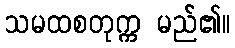
သမထစတုက္က မည်၏။